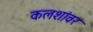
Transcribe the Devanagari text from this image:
कलशांवर